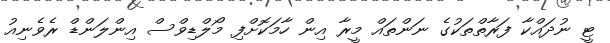
ޓީ ނުދައްކާ ފަރާތްތަކުގެ ނަންތައް މީރާ އިން ހާމަކޮށްފި މޯލްޑިވްސް އިންލަންޑް ރެވެނިއު